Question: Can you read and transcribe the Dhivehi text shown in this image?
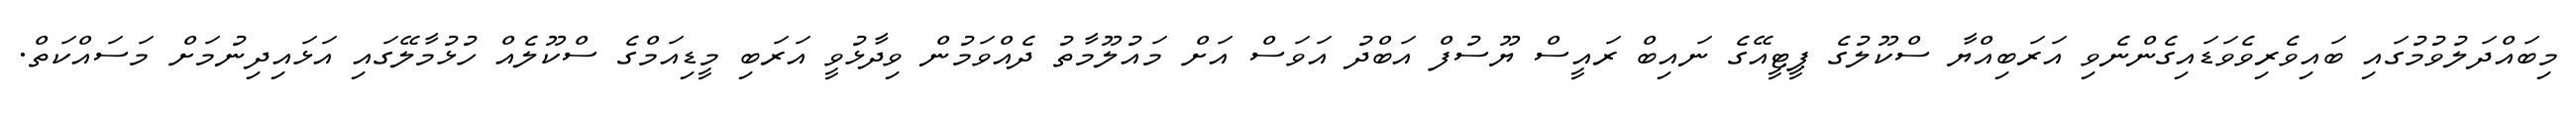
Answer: މިބައްދަލުވުމުގައި ބައިވެރިވެވަޑައިގެންނެވި އަރަބިއްޔާ ސްކޫލުގެ ޕީޓީއޭގެ ނައިބް ރައީސް ޔޫސުފް އަބްދު އަވަސް އަށް މައުލޫމާތު ދެއްވަމުން ވިދާޅުވީ އަރަބި މީޑިއަމްގެ ސްކޫލެއް ހުޅުމާލޭގައި އަޅައިދިނުމަށް މަސައްކަތް.